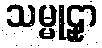
သမ္မုဠှာ